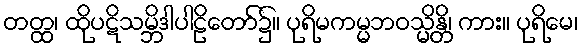
တတ္ထ၊ ထိုပဋိသမ္ဘိဒါပါဠိတော်၌။ ပုရိမကမ္မဘဝသ္မိန္တိ၊ ကား။ ပုရိမေ၊